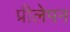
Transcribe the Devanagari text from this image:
प्रीलेपन